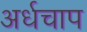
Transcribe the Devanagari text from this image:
अर्धचाप